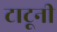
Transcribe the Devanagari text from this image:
टाटूनी